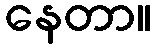
နေတာ။